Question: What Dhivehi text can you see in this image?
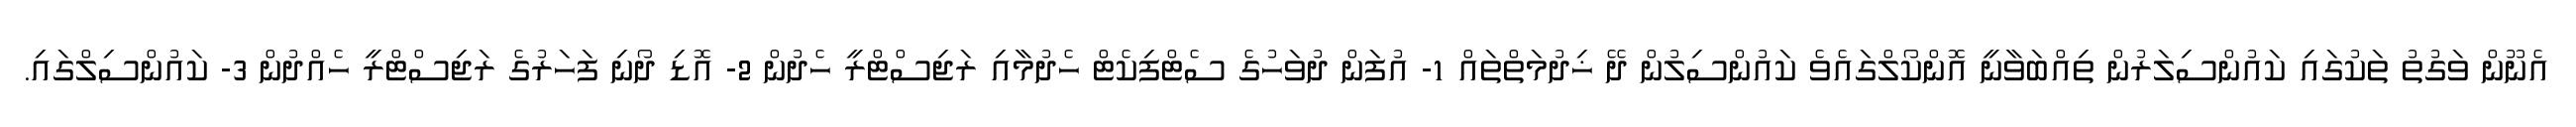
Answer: އެނޫން ވަގުތު ތަކުގައި ކައުންސިލަރުން ތިއްބަވާނީ އޮންކޯލްގައެވެ ކައުންސިލުން ދޭ ޚިދުމަތްތައް 1- އުފަން ދުވަހުގެ ސެޓްފިކެޓް ހެދުމާއި ރަޖިސްޓްރީ ހެދުން 2- އޮޑި ދޯނި ފަހަރުގެ ރަޖިސްޓްރީ ހެއްދުން 3- ކައުންސިލްގައި.